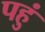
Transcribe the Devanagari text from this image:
पहुं